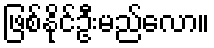
ဖြစ်နိုင်ဦးမည်လော။